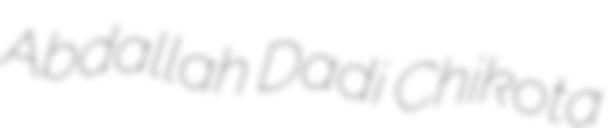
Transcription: Abdallah Dadi Chikota